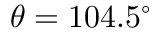
\theta = 1 0 4 . 5 ^ { \circ }